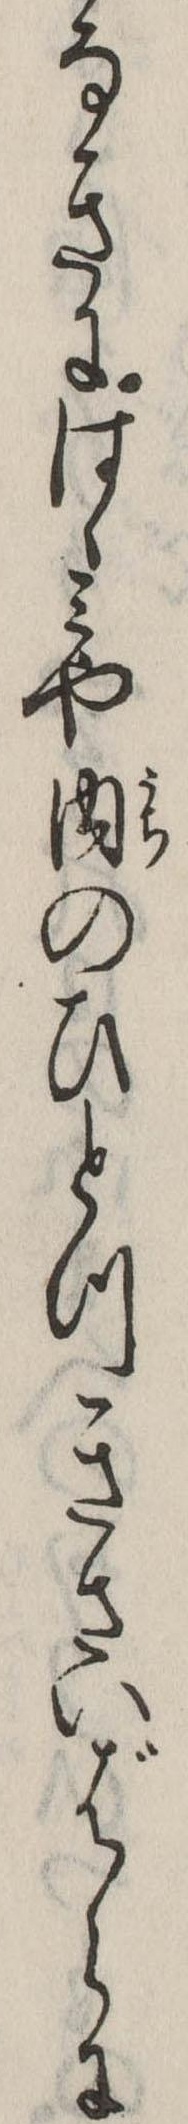
なきにはゝみや内のひとつきさいばらに